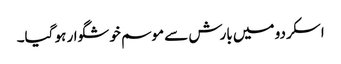
اسکردو میں بارش سے موسم خوشگوار ہو گیا۔